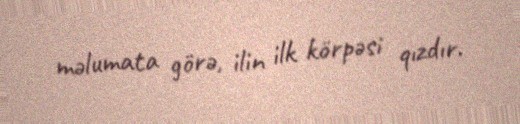
məlumata görə, ilin ilk körpəsi qızdır.